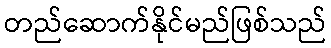
တည်ဆောက်နိုင်မည်ဖြစ်သည်